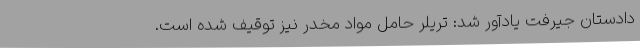
دادستان جیرفت یادآور شد: تریلر حامل مواد مخدر نیز توقیف شده است‌.